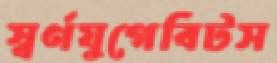
স্বর্ণযুগেবিটস